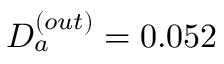
D _ { a } ^ { ( o u t ) } = 0 . 0 5 2